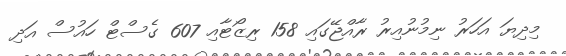
މިދިޔަ އަހަރު ނިމުނުއިރު ރާއްޖޭގައި 158 ރިޒޯޓާއި 607 ގެސްޓް ހައުސް އަދި